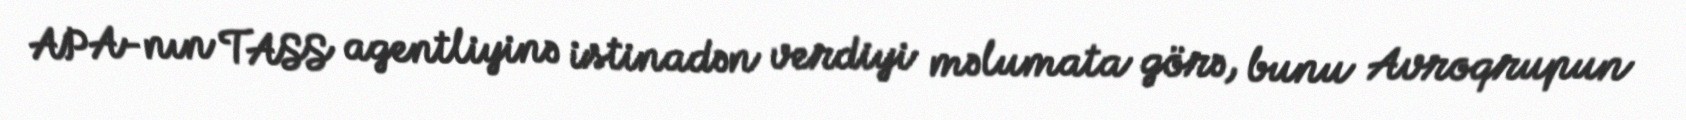
APA-nın TASS agentliyinə istinadən verdiyi məlumata görə, bunu Avroqrupun